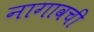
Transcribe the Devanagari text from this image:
नागावची